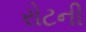
રોટની